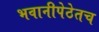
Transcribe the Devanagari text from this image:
भवानीपेठेतच